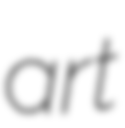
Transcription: art